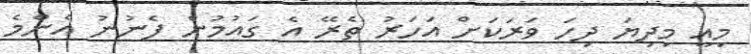
މިއީ މިދިޔަ ދިހަ ވަރަކަށް އަހަރު ތެރޭ އެ ގައުމުން ފެނުނު އެންމެ